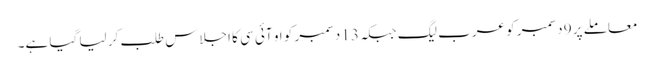
معاملے پر 9 دسمبر کو عرب لیگ جبکہ 13 دسمبر کو او آئی سی کا اجلاس طلب کر لیا گیا ہے۔